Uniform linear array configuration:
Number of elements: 64
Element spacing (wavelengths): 0.25
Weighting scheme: hamming
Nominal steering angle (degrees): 60
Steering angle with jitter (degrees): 60.999
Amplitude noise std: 0.05
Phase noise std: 0.05

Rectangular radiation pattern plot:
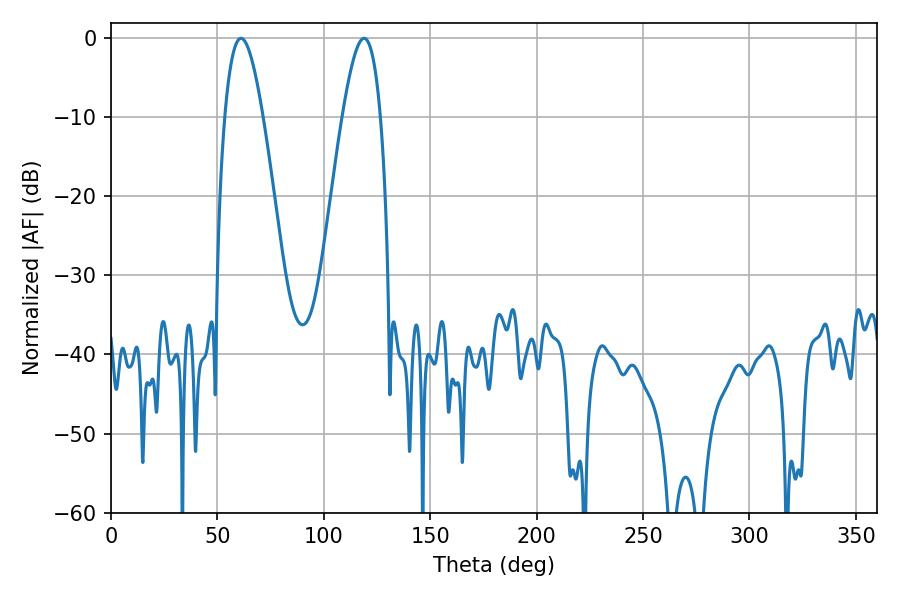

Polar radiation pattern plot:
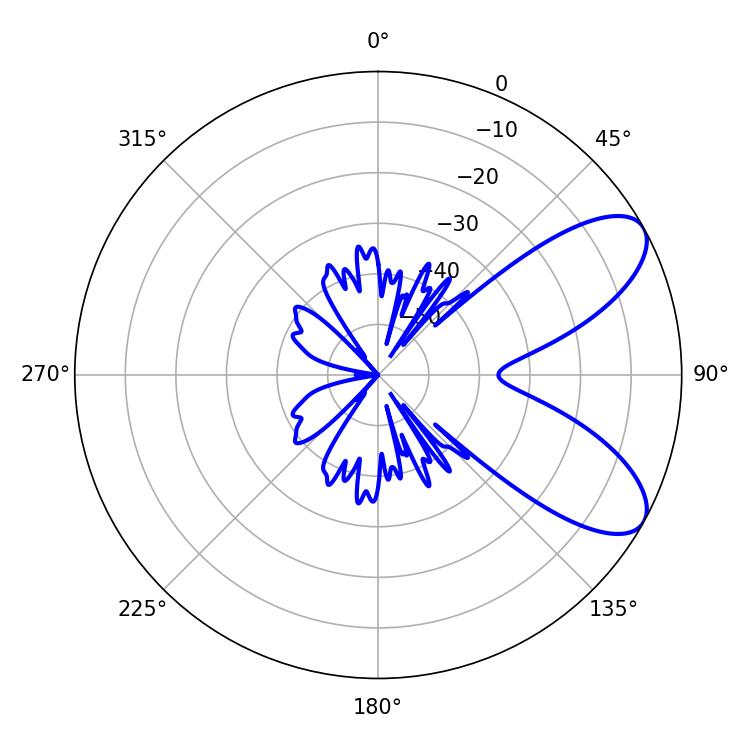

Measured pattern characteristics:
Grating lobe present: FALSE
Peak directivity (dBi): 7.899
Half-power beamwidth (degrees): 9.72
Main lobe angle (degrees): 61.02